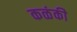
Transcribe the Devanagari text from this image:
कळंकी